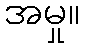
အမှု။